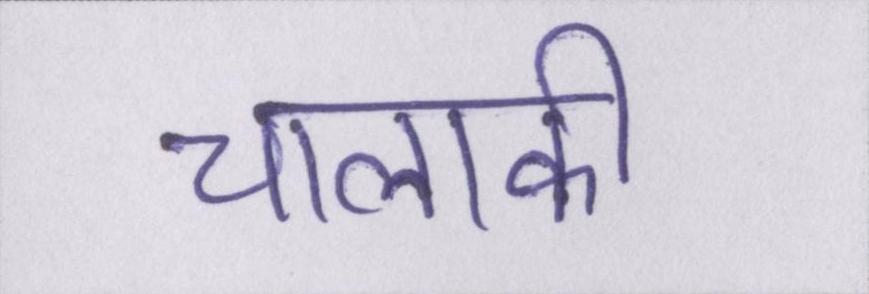
चालाकी